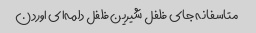
متاسفانه جای فلفل شیرین فلفل دلمه‌ای اوردن